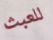
للعبث